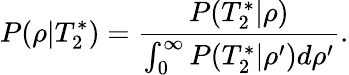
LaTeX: P(\rho|T_{2}^{*})=\frac{P(T_{2}^{*}|\rho)}{\int_{0}^{\infty}P(T_{2}^{*}|\rho^{\prime})d\rho^{\prime}}.